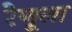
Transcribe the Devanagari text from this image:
रेणूला